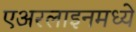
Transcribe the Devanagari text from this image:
एअरलाइनमध्ये